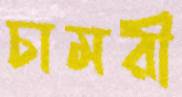
চামরী